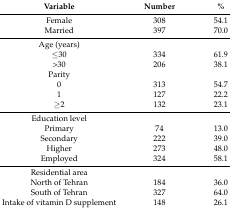
| Variable | Number | % |
 | --- | --- | --- |
 | Female | 308 | 54.1 |
 | Married | 397 | 70.0 |
 | Age (years) |  |  |
 | ≤30 | 334 | 61.9 |
 | >30 | 206 | 38.1 |
 | Parity |  |  |
 | 0 | 313 | 54.7 |
 | 1 | 127 | 22.2 |
 | ≥2 | 132 | 23.1 |
 | Education level |  |  |
 | Primary | 74 | 13.0 |
 | Secondary | 222 | 39.0 |
 | Higher | 273 | 48.0 |
 | Employed | 324 | 58.1 |
 | Residential area |  |  |
 | North of Tehran | 184 | 36.0 |
 | South of Tehran | 327 | 64.0 |
 | Intake of vitamin D supplement | 148 | 26.1 |